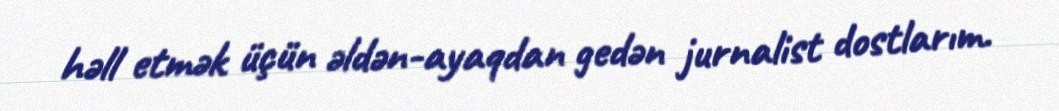
həll etmək üçün əldən-ayaqdan gedən jurnalist dostlarım.